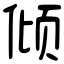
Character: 倾